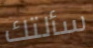
سألتك